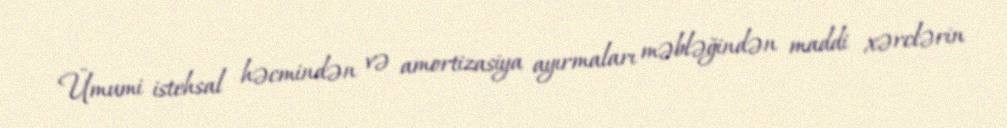
Ümumi istehsal həcmindən və amortizasiya ayırmaları məbləğindən maddi xərclərin